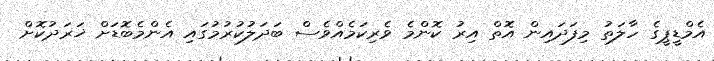
އެމްޑީޕީގެ ހާލަތު މިފަދައިން އޮތް އިރު ކޮންމެ ވެރިކަމެއްވެސް ބަދަލުކުރުމުގައި އެންމެބޮޑަށް ޚަރަދުކޮށް